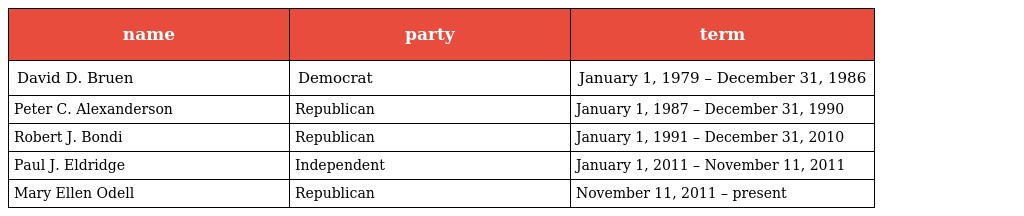
| name | party | term |
 | --- | --- | --- |
 | David D. Bruen | Democrat | January 1, 1979 – December 31, 1986 |
 | Peter C. Alexanderson | Republican | January 1, 1987 – December 31, 1990 |
 | Robert J. Bondi | Republican | January 1, 1991 – December 31, 2010 |
 | Paul J. Eldridge | Independent | January 1, 2011 – November 11, 2011 |
 | Mary Ellen Odell | Republican | November 11, 2011 – present |